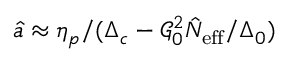
\hat { a } \approx \eta _ { p } / ( \Delta _ { c } - \mathcal { G } _ { 0 } ^ { 2 } \hat { N } _ { \mathrm { e f f } } / \Delta _ { 0 } )